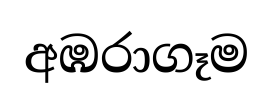
අඹරාගෑම